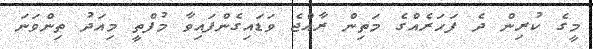
މީގެ ކުރިން ދެ ފަހަރެއްގެ މަތިން ރާއްޖެ ވަޑައިގެންފައިވާ މުފްތީ މިއަދު ތިންވަަނަ